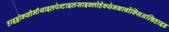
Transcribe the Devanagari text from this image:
हाइड्रोक्सीमीथाइलपेन्टाइलसाइक्लोहेक्सेनकार्बोक्सिअल्डिहाइड